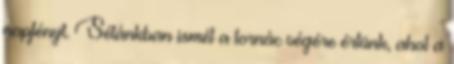
napfényt. Sétánkban ismét a tornác végére értünk, ahol a